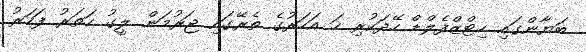
ބަޔާންގައި ހިޓްޒްފެލްޑް ހޭދަކުރި ހަ އަހަރުގެ ތެރޭގައި ޖަރުމަން ލީގު ހަތަރު ފަހަރު